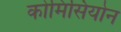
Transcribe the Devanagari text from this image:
कोमिसियोन